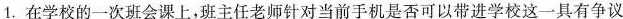
1. 在学校的一次班会课上，班主任老师针对当前手机是否可以带进学校这一具有争议